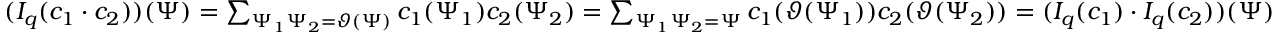
\begin{array} { r } { ( I _ { q } ( c _ { 1 } \cdot c _ { 2 } ) ) ( \Psi ) = \sum _ { \Psi _ { 1 } \Psi _ { 2 } = \vartheta ( \Psi ) } c _ { 1 } ( \Psi _ { 1 } ) c _ { 2 } ( \Psi _ { 2 } ) = \sum _ { \Psi _ { 1 } \Psi _ { 2 } { = } \Psi } c _ { 1 } ( \vartheta ( \Psi _ { 1 } ) ) c _ { 2 } ( \vartheta ( \Psi _ { 2 } ) ) = ( I _ { q } ( c _ { 1 } ) \cdot I _ { q } ( c _ { 2 } ) ) ( \Psi ) } \end{array}